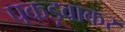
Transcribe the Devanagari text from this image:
पकड़वाकर